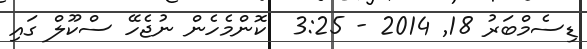
ޑިސެމްބަރު 18